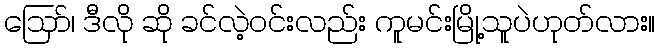
ဪ၊ ဒီလို ဆို ခင်လဲ့ဝင်းလည်း ကူမင်းမြို့သူပဲဟုတ်လား။